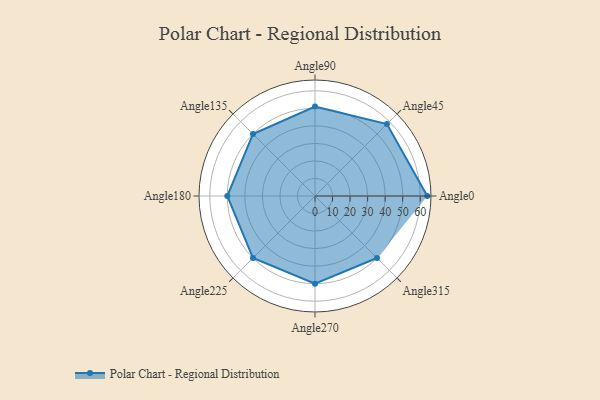
{"axis": {"x": "Angle", "y": "Radius"}, "legend": [""], "data": [{"x": "Angle0", "y": 64.0, "type": ""}, {"x": "Angle45", "y": 58.0, "type": ""}, {"x": "Angle90", "y": 51.0, "type": ""}, {"x": "Angle135", "y": 50, "type": ""}, {"x": "Angle180", "y": 50, "type": ""}, {"x": "Angle225", "y": 50, "type": ""}, {"x": "Angle270", "y": 50, "type": ""}, {"x": "Angle315", "y": 50, "type": ""}]}